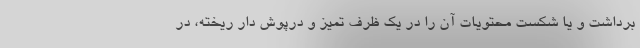
برداشت و یا شکست محتویات آن را در یک ظرف تمیز و درپوش دار ریخته، در